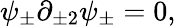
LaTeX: \psi_{\pm}\partial_{\pm 2}\psi_{\pm}=0,